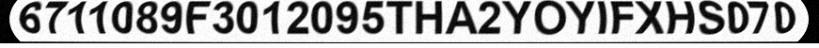
6711089F3012095THA2YOYIFXHS070